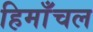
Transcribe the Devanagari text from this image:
हिमाँचल